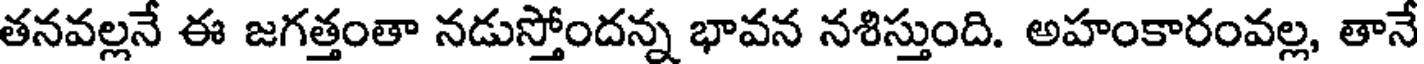
తనవల్లనే ఈ జగత్తంతా నడుస్తోందన్న భావన నశిస్తుంది. అహంకారంవల్ల, తానే